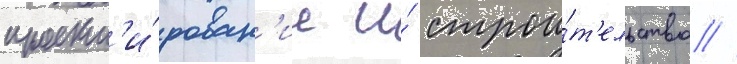
проект'и́рован'ие и́ строи́т'ельство //